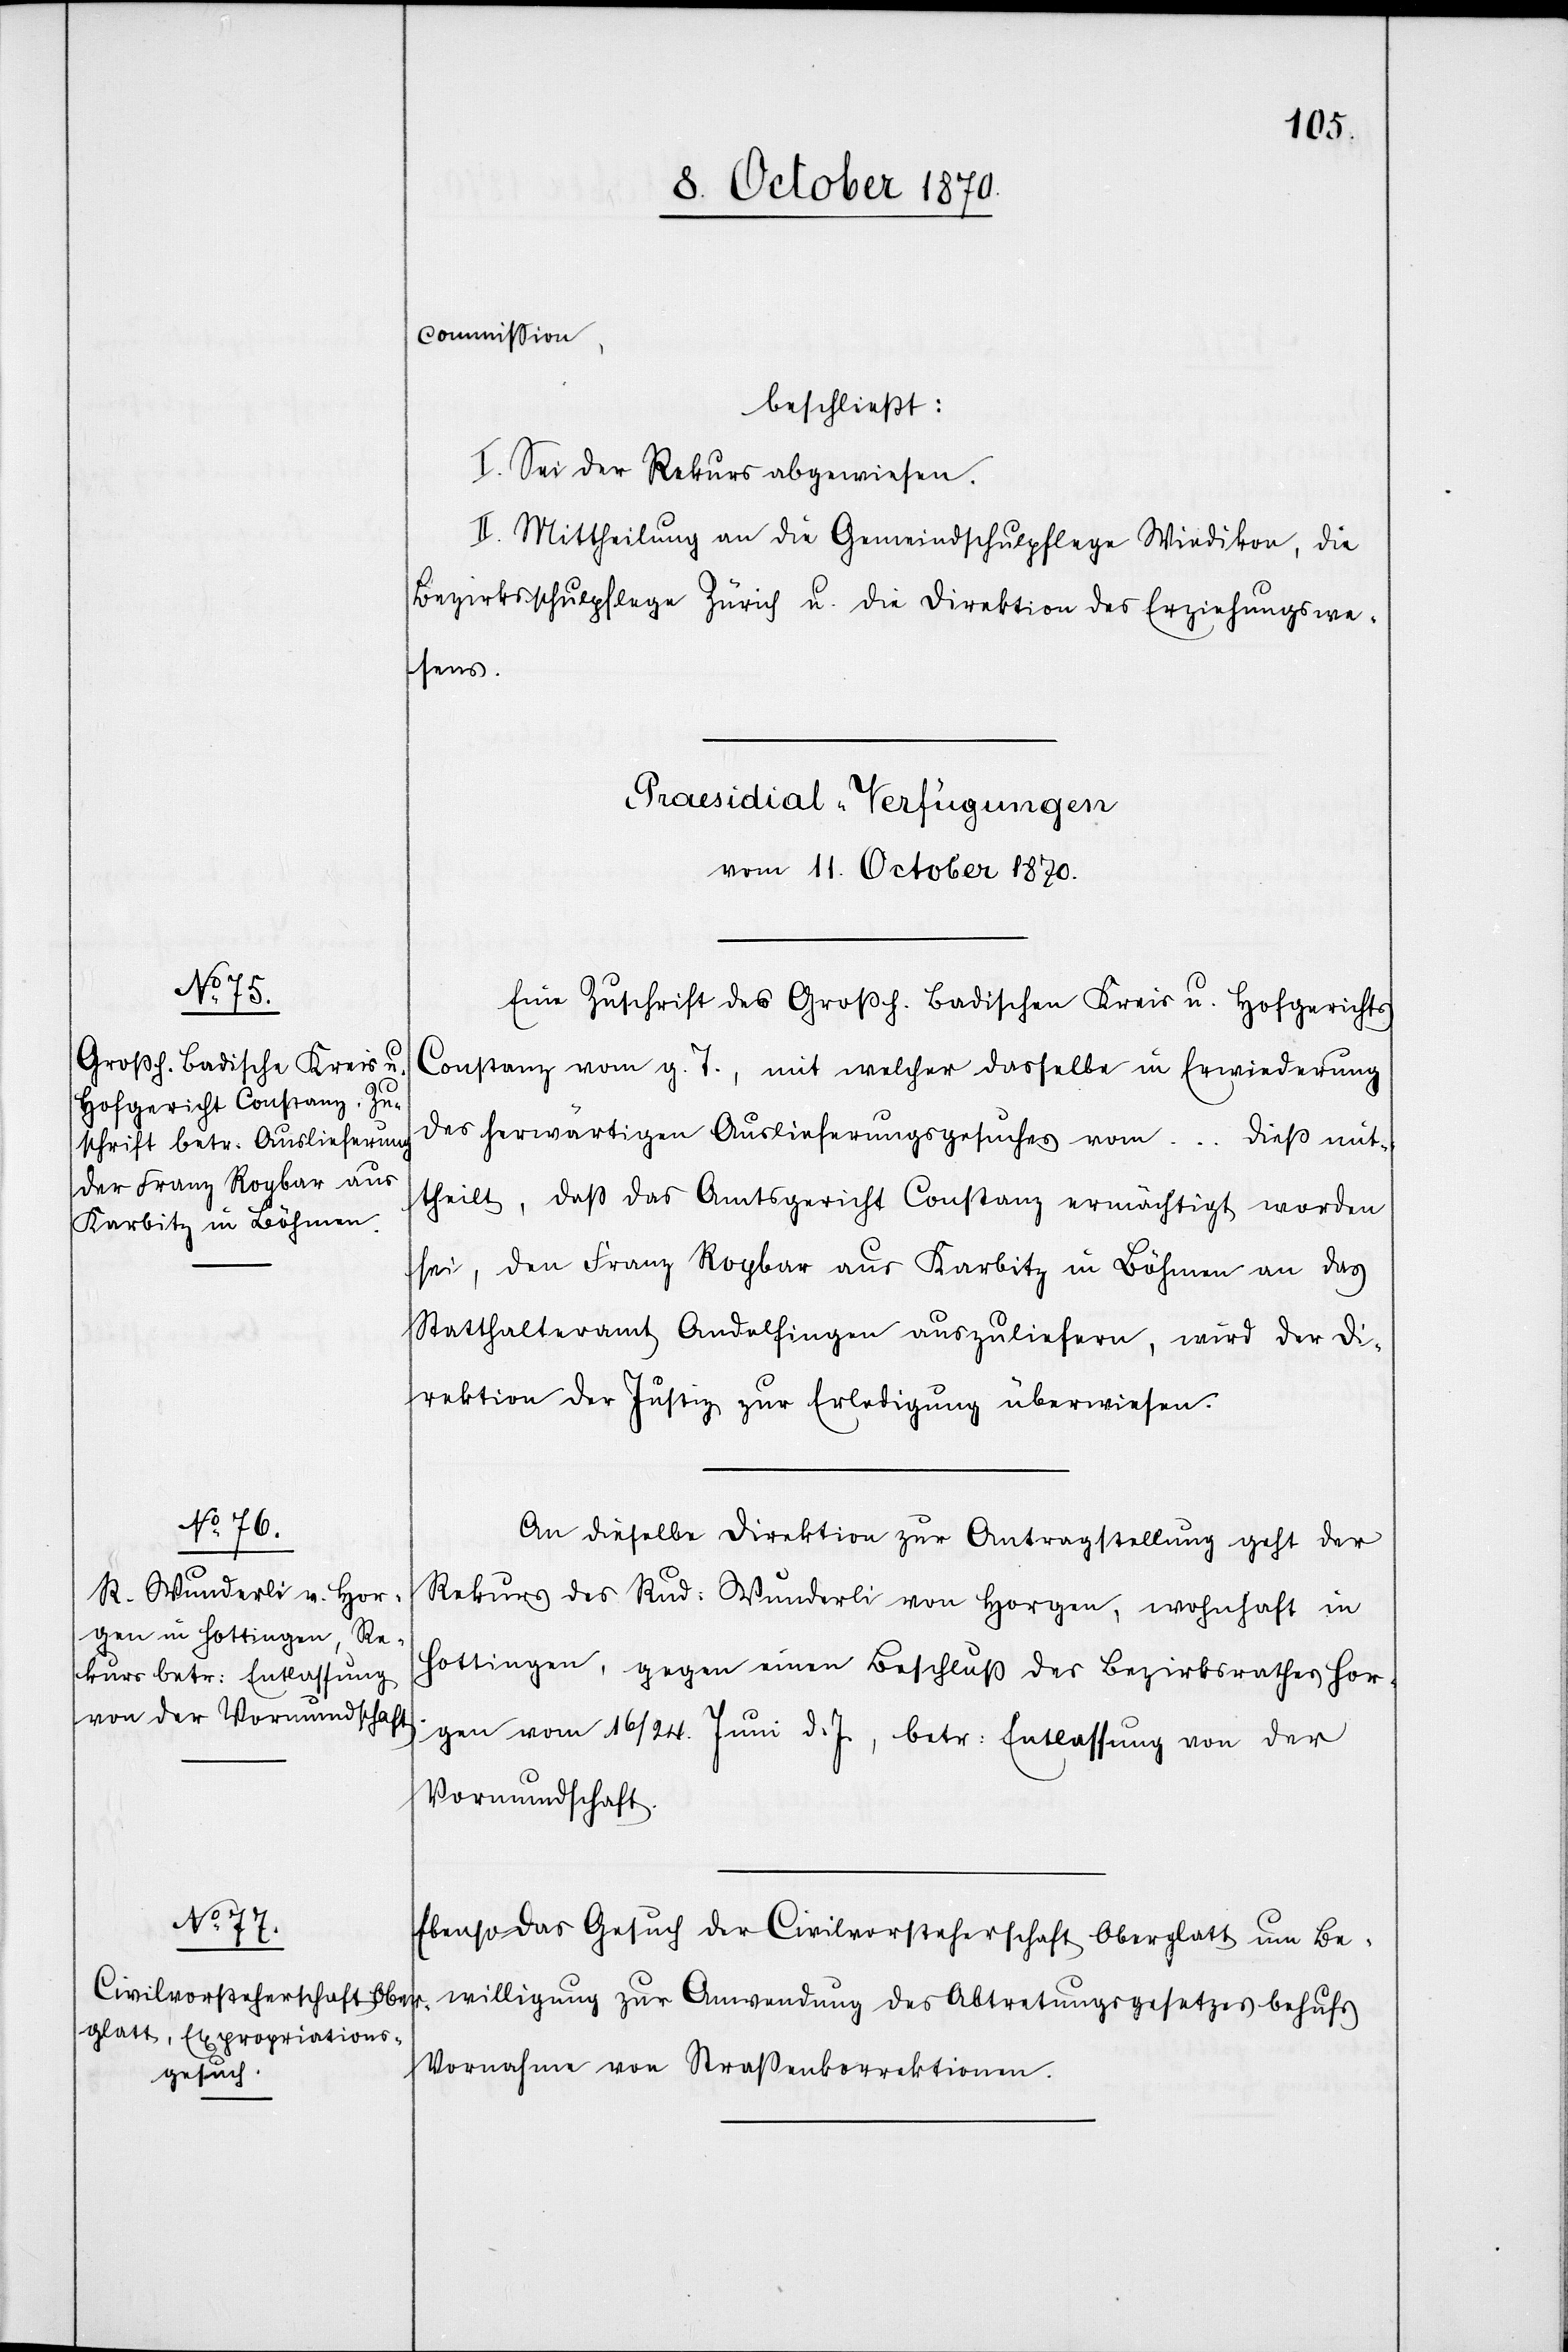
commißion,
beschließt:
I. Sei der Rekurs abgewiesen.
II. Mittheilung an die Gemeindschulpflege Wiedikon, die
Bezirksschulpflege Zürich u. die Direktion des Erziehungswe¬
sens.
[Praesidial-Verfügungen
vom 11. October 1870.]
Eine Zuschrift des Großh. Badischen Kreis u. Hofgerichts
Constanz vom g. T., mit welcher dasselbe in Erwiederung
des herwärtigen Auslieferungsgesuches vom … dieß mit¬
theilt, daß das Amtsgericht Constanz ermächtigt worden
sei, den Franz Rogbar aus Karbitz in Böhmen an das
Statthalteramt Andelfingen auszuliefern, wird der Di¬
rektion der Justiz zur Erledigung überwiesen.
An dieselbe Direktion zur Antragstellung geht der
Rekurs des Rud. Wunderli von Horgen, wohnhaft in
Hottingen, gegen einen Beschluß des Bezirksrathes Hor¬
gen vom 16. / 24. Juni d. J., betr: Entlassung von der
Vormundschaft.
Ebenso das Gesuch der Civilvorsteherschaft Oberglatt um Be¬
willigung zur Anwendung des Abtretungsgesetzes behufs
Vornahme von Straßenkorrektionen.